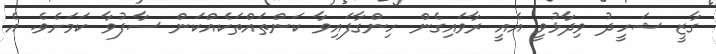
ގާޒީ ޝަހީދު ވިދާޅުވީ އެއީ ރާވައިގެން ހިންގާފައިވާ ކަންތައްތަކެއްކަން ސާފުވާ ކަމަށެވެ. އެ